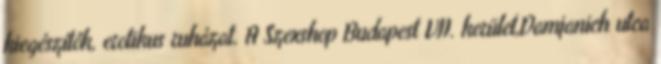
kiegészítők, erotikus ruházat. A Szexshop Budapest VII. kerület,Damjanich utca